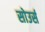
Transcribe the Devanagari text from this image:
सोउर्स